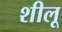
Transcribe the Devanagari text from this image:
शीलू